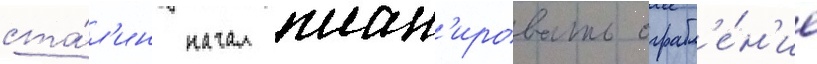
ста́л'ин начал план'ировать ограбл'е́н'ие